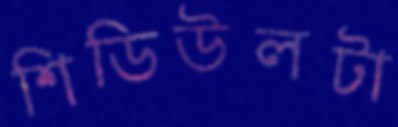
শিডিউলটা